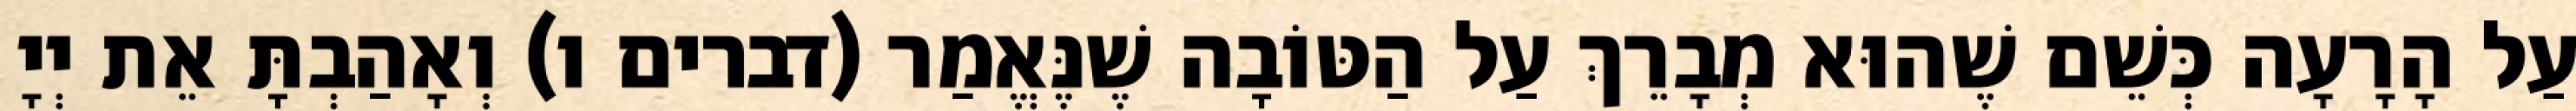
עַל הָרָעָה כְּשֵׁם שֶׁהוּא מְבָרֵךְ עַל הַטּוֹבָה שֶׁנֶּאֱמַר (דברים ו) וְאָהַבְתָּ אֵת יְיָ